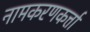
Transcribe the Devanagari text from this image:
नामकरणकर्त्ता